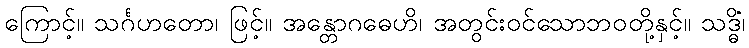
ကြောင့်။ သင်္ဂဟတော၊ ဖြင့်။ အန္တောဂဓေဟိ၊ အတွင်းဝင်သောဘဝတို့နှင့်။ သဒ္ဓိံ၊